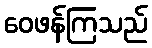
ဝေဖန်ကြသည်